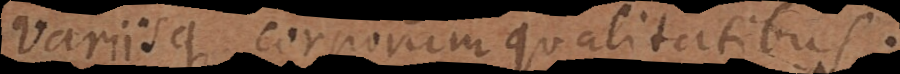
variisque corporum qualitatibus